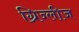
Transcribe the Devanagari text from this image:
ग्रिज्लीज